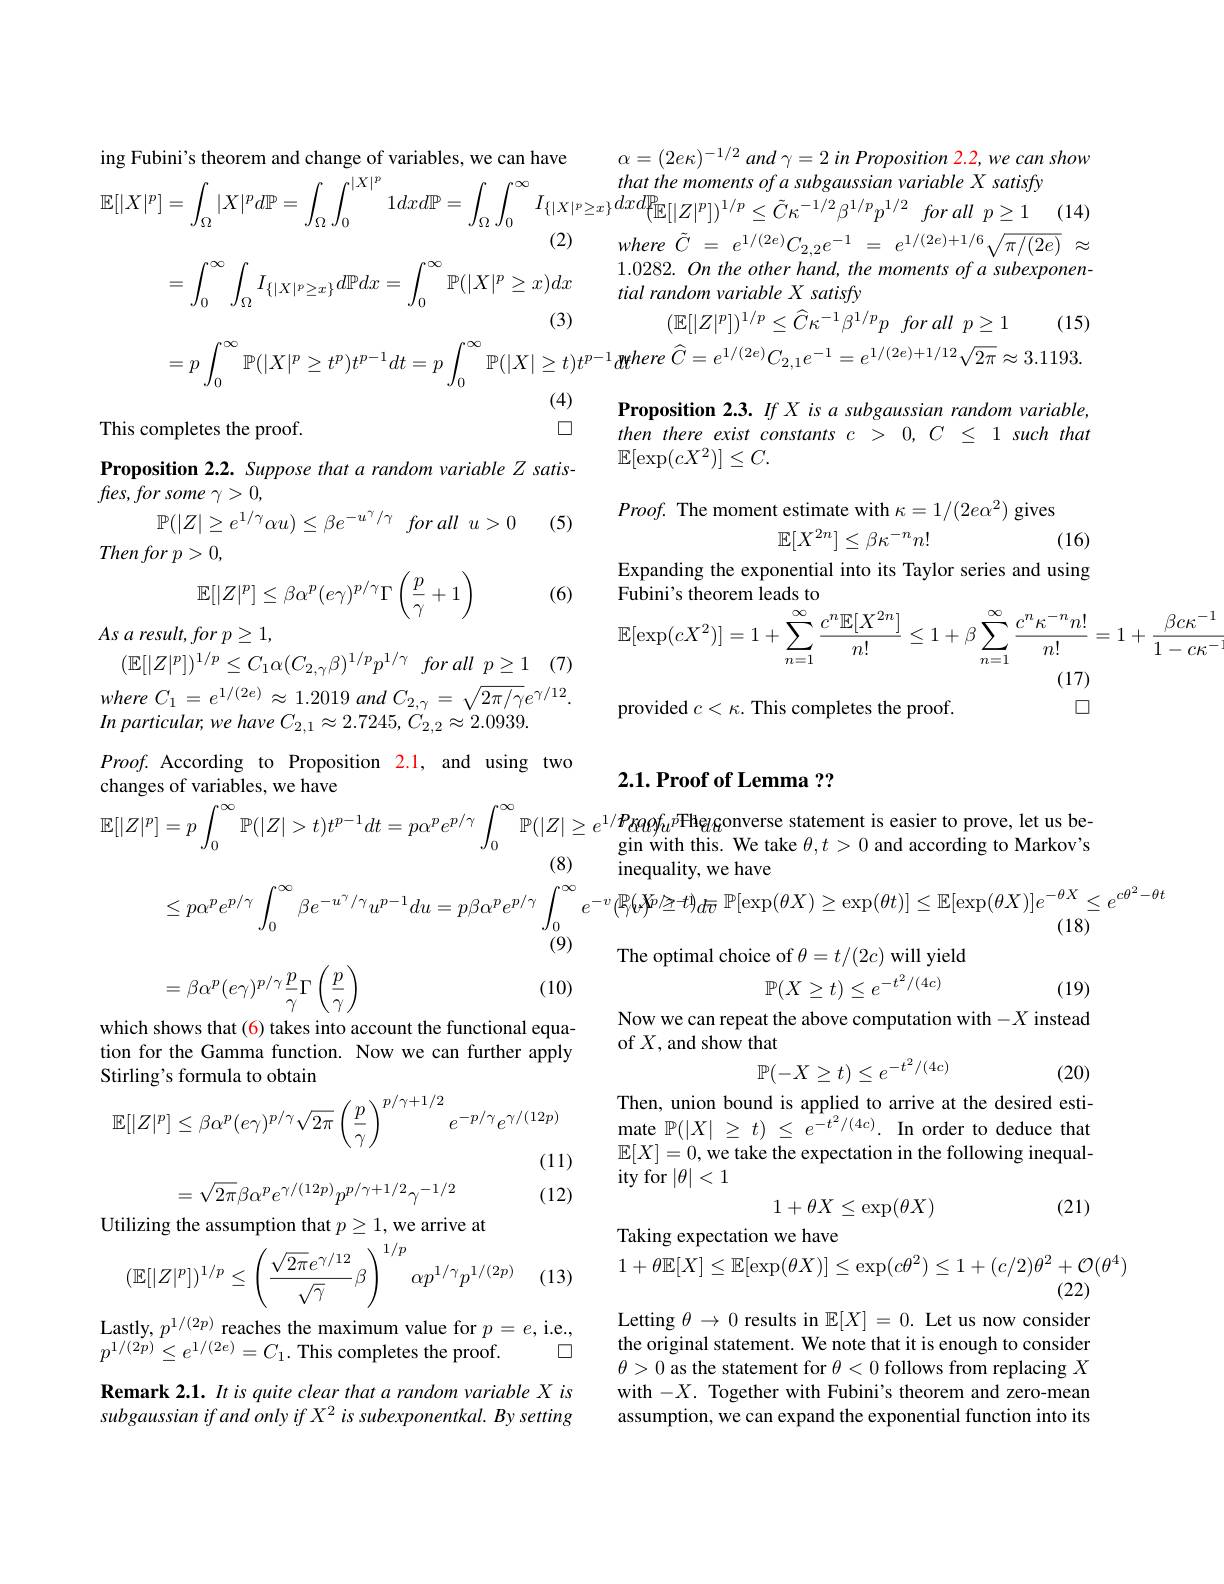
(2) where $\tilde{C}$ = $e^{1/ ( 2e) }C_{2, 2}e^{- 1}=$ $= \int _0^\infty \int _\Omega I_{\{ | X| ^p\geq x\} }d\mathbb{P} dx= \int _0^\infty \mathbb{P} ( | X| ^p\geq x) dx$ 1.0282. $On$ the other $hand$, the $m$ iial random variable $X$ satisfy (3) $( \mathbb{E} [ | Z^p| ) ^{1/ p}\leq \hat{C} \kappa ^{- 1}\beta ^{1/ p}p$

ing Fubini's theorem and change of variables, we can have

$\alpha = ( 2e\kappa ) ^{- 1/ 2}$ and $\gamma = 2$ $in$ Proposition $2. 2, we$ can show

$\mathbb{E} [ | X| ^p] = \int _\Omega | X| ^pd\mathbb{P} = \int _\Omega \int _0^{| X| ^p}1dxd\mathbb{P} = \int _\Omega \int _0^\infty I_{\{ | X| ^p\geq x\} }dxd\mathbb{P} _{\{ | Z| ^p] ^{1/ p}\leq \tilde{C} \kappa ^{- 1/ 2}\beta ^{1/ p}p^{1/ 2}\:for\:all p\geq 1\:( 14) }$

where $\tilde{C}$ = $e^{1/ ( 2e) }C_{2, 2}e^{- 1}$ = $e^{1/ ( 2e) + 1/ 6}\sqrt {\pi / ( 2e) }$ $\approx$ $1.0282.Ontheotherhand,themomentsofasubexponen-$

$( \mathbb{E} [ | Z| ^{p}] ) ^{1/ p}\leq \hat{C} \kappa ^{- 1}\beta ^{1/ p}p$ for all $p\geq 1$

(15)

$= p\int _{0}^{\infty }\mathbb{P} ( | X| ^{p}\geq t^{p}) t^{p- 1}dt= p\int _{0}^{\infty }\mathbb{P} ( | X| \geq t) t^{p- 1}dthere$ $\widehat{C} = e^{1/ ( 2e) }C_{2, 1}e^{- 1}= e^{1/ ( 2e) + 1/ 12}\sqrt {2\pi }\approx 3. 1193$
Proposition 2.3. If X is a subgaussian random variable, then there exist constants $c>0,C\leq1$ such that
$\begin{aligned}&\textbf{Proposition 2.2. Suppose that a random variable Z satis-}&&\mathbb{E}[\exp(cX^{2})]\leq C.\\&fies,forsome~\gamma>0,&&Proof.&\text{The moment estimate with }\kappa=1/(2e\alpha^{2})\text{ gives}\end{aligned}$
$$\mathbb{E}[X^{2n}]\leq\beta\kappa^{-n}n!$$
(16)

Expanding the exponential into its Taylor series and using
Fubini's theorem leads to
$$\mathbb{E}[\exp(cX^{2})]=1+\sum_{n=1}^{\infty}\frac{c^{n}\mathbb{E}[X^{2n}]}{n!}\leq1+\beta\sum_{n=1}^{\infty}\frac{c^{n}\kappa^{-n}n!}{n!}=1+\frac{\beta c\kappa^{-1}}{1-c\kappa^{-1}}$$
(17)

provided $c<\kappa.$ This completes the proof.

$\square$

(4)

口

This completes the proof.

$\mathbb{P} ( | Z| \geq e^{1/ \gamma }\alpha u) \leq \beta e^{- u^{\gamma }/ \gamma }$ for all $u> 0$
(5)

$Thenforp>0$,
$$\mathbb{E}[|Z|^p]\leq\beta\alpha^p(e\gamma)^{p/\gamma}\Gamma\left(\frac{p}{\gamma}+1\right)$$
(6)

$As~a~result,for~p\geq1$,

$( \mathbb{E} [ | Z| ^p] ) ^{1/ p}\leq C_1\alpha ( C_{2, \gamma }\beta ) ^{1/ p}p^{1/ \gamma }$ for $all p\geq 1$ (7)

where $C_{1}=$ $e^{1/ ( 2e) }\approx$ 1.2019 and $C_{2, \gamma }=$ $\sqrt {2\pi / \gamma }e^{\gamma / 12}.$
In particular, we have $C_{2,1}\approx2.7245,C_{2,2}\approx2.0939.$
$Proof.$ According to Proposition 2.1, and using two

which shows that (6) takes into account the functional equation for the Gamma function. Now we can further apply Stirling's formula to obtain
$$\mathbb{E}[|Z|^p]\leq\beta\alpha^p(e\gamma)^{p/\gamma}\sqrt{2\pi}\left(\frac{p}{\gamma}\right)^{p/\gamma+1/2}e^{-p/\gamma}e^{\gamma/(12p)}$$
(11)

(12)
$$=\sqrt{2\pi}\beta\alpha^pe^{\gamma/(12p)}p^{p/\gamma+1/2}\gamma^{-1/2}$$
Utilizing the assumption that $p\geq1$,we arrive at
$$(\mathbb{E}[|Z|^p])^{1/p}\leq\left(\frac{\sqrt{2\pi}e^{\gamma/12}}{\sqrt{\gamma}}\beta\right)^{1/p}\alpha p^{1/\gamma}p^{1/(2p)}$$
(13)

Lastly, $p^{1/(2p)}$ reaches the maximum value for $p=e$,i.e.,
口
$p^{1/(2p)}\leq e^{1/(2e)}=C_{1}.$ This completes the proof.

Remark 2.1. It is quite clear that a random variable X is subgaussian if and only if X2 is subexponentkal. By setting

### $2. 1. \textbf{Proof of Lemma }? ?$
$$\begin{aligned}\mathbb{E}[|Z|^p]&=p\int_0^\infty|\mathbb{P}||z|>t)t^{p-1}dt=p\alpha^pe^{p/\gamma}\int_0^\infty\mathbb{P}(|Z|\geq e^{1/\boldsymbol{P}\boldsymbol{\theta}\boldsymbol{\theta}\boldsymbol{\theta}\boldsymbol{\theta}\boldsymbol{\theta}\boldsymbol{\theta}\boldsymbol{\theta}\boldsymbol{\theta}\boldsymbol{\theta}\boldsymbol{\theta}\boldsymbol{\alpha}\boldsymbol{\alpha}\boldsymbol{\alpha}\boldsymbol{\alpha}\boldsymbol{\alpha}\boldsymbol{\alpha}\boldsymbol{\alpha}\boldsymbol{c}\boldsymbol{c}\boldsymbol{c}\boldsymbol{s}\boldsymbol{s}\boldsymbol{a}\boldsymbol{\alpha}\boldsymbol{\alpha}\boldsymbol{\alpha}\boldsymbol{\alpha}\boldsymbol{\alpha}\boldsymbol{\alpha}\boldsymbol{i}\boldsymbol{i}\boldsymbol{s}\boldsymbol{e}\boldsymbol{a}\boldsymbol{s}\boldsymbol{a}\boldsymbol{\alpha}\boldsymbol{\alpha}\boldsymbol{c}\boldsymbol{b}\boldsymbol{c}\boldsymbol{c}\boldsymbol{b}\boldsymbol{c}\boldsymbol{c}\boldsymbol{b}\boldsymbol{c}\boldsymbol{c}\boldsymbol{b}\boldsymbol{c}\boldsymbol{c}\boldsymbol{b}\boldsymbol{c}\boldsymbol{c}\boldsymbol{b}\boldsymbol{c}\boldsymbol{c}\boldsymbol{c}\boldsymbol{b}\boldsymbol{c}\boldsymbol{c}\boldsymbol{c}\boldsymbol{b}\boldsymbol{c}\boldsymbol{c}\boldsymbol{c}\boldsymbol{b}\boldsymbol{c}\boldsymbol{c}\boldsymbol{c}\boldsymbol{b}\boldsymbol{c}\boldsymbol{c}\boldsymbol{c}\boldsymbol{b}\boldsymbol{c}\boldsymbol{c}\boldsymbol{c}\boldsymbol{b}\boldsymbol{c}\boldsymbol{c}\boldsymbol{c}\boldsymbol{c}\boldsymbol{b}\boldsymbol{c}\boldsymbol{c}\boldsymbol{c}\boldsymbol{c}\boldsymbol{c}\boldsymbol{c}\boldsymbol{c}\boldsymbol{c}\boldsymbol{c}\boldsymbol{c}\boldsymbol{c}\boldsymbol{c}\boldsymbol{c}\boldsymbol{c}\boldsymbol{c}\boldsymbol{c}\boldsymbol{c}\boldsymbol{c}\boldsymbol{c}\boldsymbol{c}\boldsymbol{c}\boldsymbol{c}\boldsymbol{c}\boldsymbol{c}\boldsymbol{c}\boldsymbol{c}\boldsymbol{c}\boldsymbol{c}\boldsymbol{c}\boldsymbol{c}\boldsymbol{c}\boldsymbol{c}\boldsymbol{c}\boldsymbol{c}\boldsymbol{c}\boldsymbol{c}\boldsymbol{c}\boldsymbol{c}\boldsymbol{c}\boldsymbol{c}\boldsymbol{c}\boldsymbol{c}\boldsymbol{c}\boldsymbol{c}\boldsymbol{c}\boldsymbol{c}\boldsymbol{c}\boldsymbol{c}\boldsymbol{c}\boldsymbol{c}\boldsymbol{c}\boldsymbol{c}\boldsymbol{c}\boldsymbol{c}\boldsymbol{c}\boldsymbol{c}\boldsymbol{c}\boldsymbol{c}\boldsymbol{c}\boldsymbol{c}\boldsymbol{c}\boldsymbol{c}\boldsymbol{c}\boldsymbol{c}\boldsymbol{c}\boldsymbol{c}\boldsymbol{c}\boldsymbol{c}\boldsymbol{c}\boldsymbol{c}\boldsymbol{c}\boldsymbol{c}\boldsymbol{c}\boldsymbol{c}\boldsymbol{c}\boldsymbol{c}\boldsymbol{c}\boldsymbol{c}\boldsymbol{c}\boldsymbol{c}\boldsymbol{c}\boldsymbol{c}\boldsymbol{c}\boldsymbol{c}\boldsymbol{c}\boldsymbol{c}\boldsymbol{c}\boldsymbol{c}\boldsymbol{c}\boldsymbol{c}\boldsymbol{c}\boldsymbol{c}\boldsymbol{c}\boldsymbol{c}\boldsymbol{c}\boldsymbol{c}\boldsymbol{c}\boldsymbol{c}\boldsymbol{c}\boldsymbol{c}\boldsymbol{c}\boldsymbol{c}\boldsymbol{c}\boldsymbol{c}\boldsymbol{c}\boldsymbol{c}\boldsymbol{c}\boldsymbol{c}\boldsymbol{c}\boldsymbol{c}\boldsymbol{c}\boldsymbol{c}\boldsymbol{c}\boldsymbol{c}\boldsymbol{c}\boldsymbol{c}\boldsymbol{c}\boldsymbol{c}\boldsymbol{c}\boldsymbol{c}\boldsymbol{c}\boldsymbol{c}\boldsymbol{c}\boldsymbol{c}\boldsymbol{c}\boldsymbol{c}\boldsymbol{c}\boldsymbol{c}\boldsymbol{c}\boldsymbol{c}\boldsymbol{c}\boldsymbol{c}\boldsymbol{c}\boldsymbol{c}\boldsymbol{c}\boldsymbol{c}\boldsymbol{c}\boldsymbol{c}\boldsymbol{c}\boldsymbol{c}\boldsymbol{c}\boldsymbol{c}\boldsymbol{c}\boldsymbol{c}\boldsymbol{c}\boldsymbol{c}\boldsymbol{c}\boldsymbol{c}\boldsymbol{c}\boldsymbol{c}\boldsymbol{c}\boldsymbol{c}\boldsymbol $$
of $X$,and show that
$$\mathbb{P}(-X\ge t)\le e^{-t^2/(4c)}$$
(20)

Then, union bound is applied to arrive at the desired estimate $\mathbb{P} ( | X|$ $\geq$ $t)$ $\leq$ $e^{- t^{2}/ ( 4c) }.$ In order to deduce that $\mathbb{E}[X]=0$, we take the expectation in the following inequality for $|\theta|<1$
$$\begin{matrix}1+\theta X\leq\exp(\theta X)\end{matrix}$$
(21)

Taking expectation we have
$$1+\theta\mathbb{E}[X]\leq\mathbb{E}[\exp(\theta X)]\leq\exp(c\theta^{2})\leq1+(c/2)\theta^{2}+\mathcal{O}(\theta^{4})$$
(22)

Letting $\theta\to0$ results in $\mathbb{E}[X]=0.$ Let us now consider the original statement. We note that it is enough to consider $\theta>0$ as the statement for $\theta<0$ follows from replacing $X$ with $-X.$ Together with Fubini's theorem and zero-mean assumption, we can expand the exponential function into its